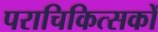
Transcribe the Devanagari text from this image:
पराचिकित्सकों